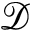
\mathcal { D }